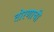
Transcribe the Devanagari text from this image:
तोरणाची